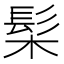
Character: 髤